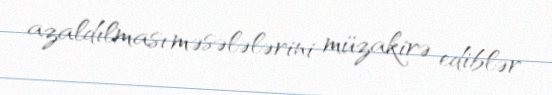
azaldılması məsələlərini müzakirə ediblər.